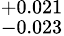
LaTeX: ^{+0.021}_{-0.023}